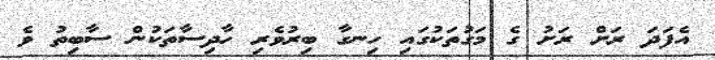
އެފަދަ ރަށް ރަށު ގެ މަގުތަކުގައި ހިނގާ ބިރުވެރި ހާދިސާތަކުން ސާބިތު ވެ